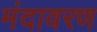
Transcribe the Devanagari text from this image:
मंदावरण